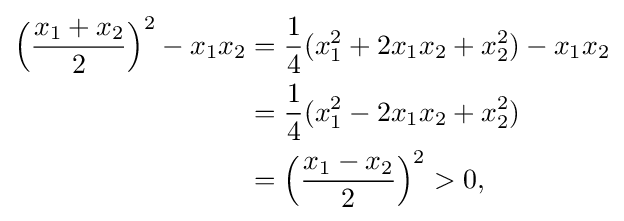
{\begin{aligned}{\Bigl (}{\frac {x_{1}+x_{2}}{2}}{\Bigr )}^{2}-x_{1}x_{2}&={\frac {1}{4}}(x_{1}^{2}+2x_{1}x_{2}+x_{2}^{2})-x_{1}x_{2}\\&={\frac {1}{4}}(x_{1}^{2}-2x_{1}x_{2}+x_{2}^{2})\\&={\Bigl (}{\frac {x_{1}-x_{2}}{2}}{\Bigr )}^{2}>0,\end{aligned}}